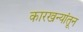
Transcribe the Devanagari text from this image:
कारखन्यांतून